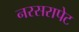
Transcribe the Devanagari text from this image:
नरसरापेट